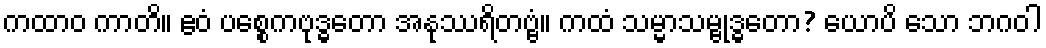
ကထာဝ ကာတိ။ ဧဝံ ပစ္စေကဗုဒ္ဓတော အနုဿရိတဗ္ဗံ။ ကထံ သမ္မာသမ္ဗုဒ္ဓတော? ယောပိ သော ဘဂဝါ